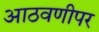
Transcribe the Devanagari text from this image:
आठवणीपर